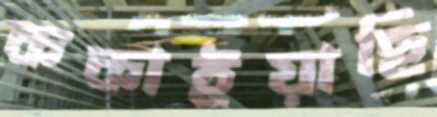
ককাইয়াছি